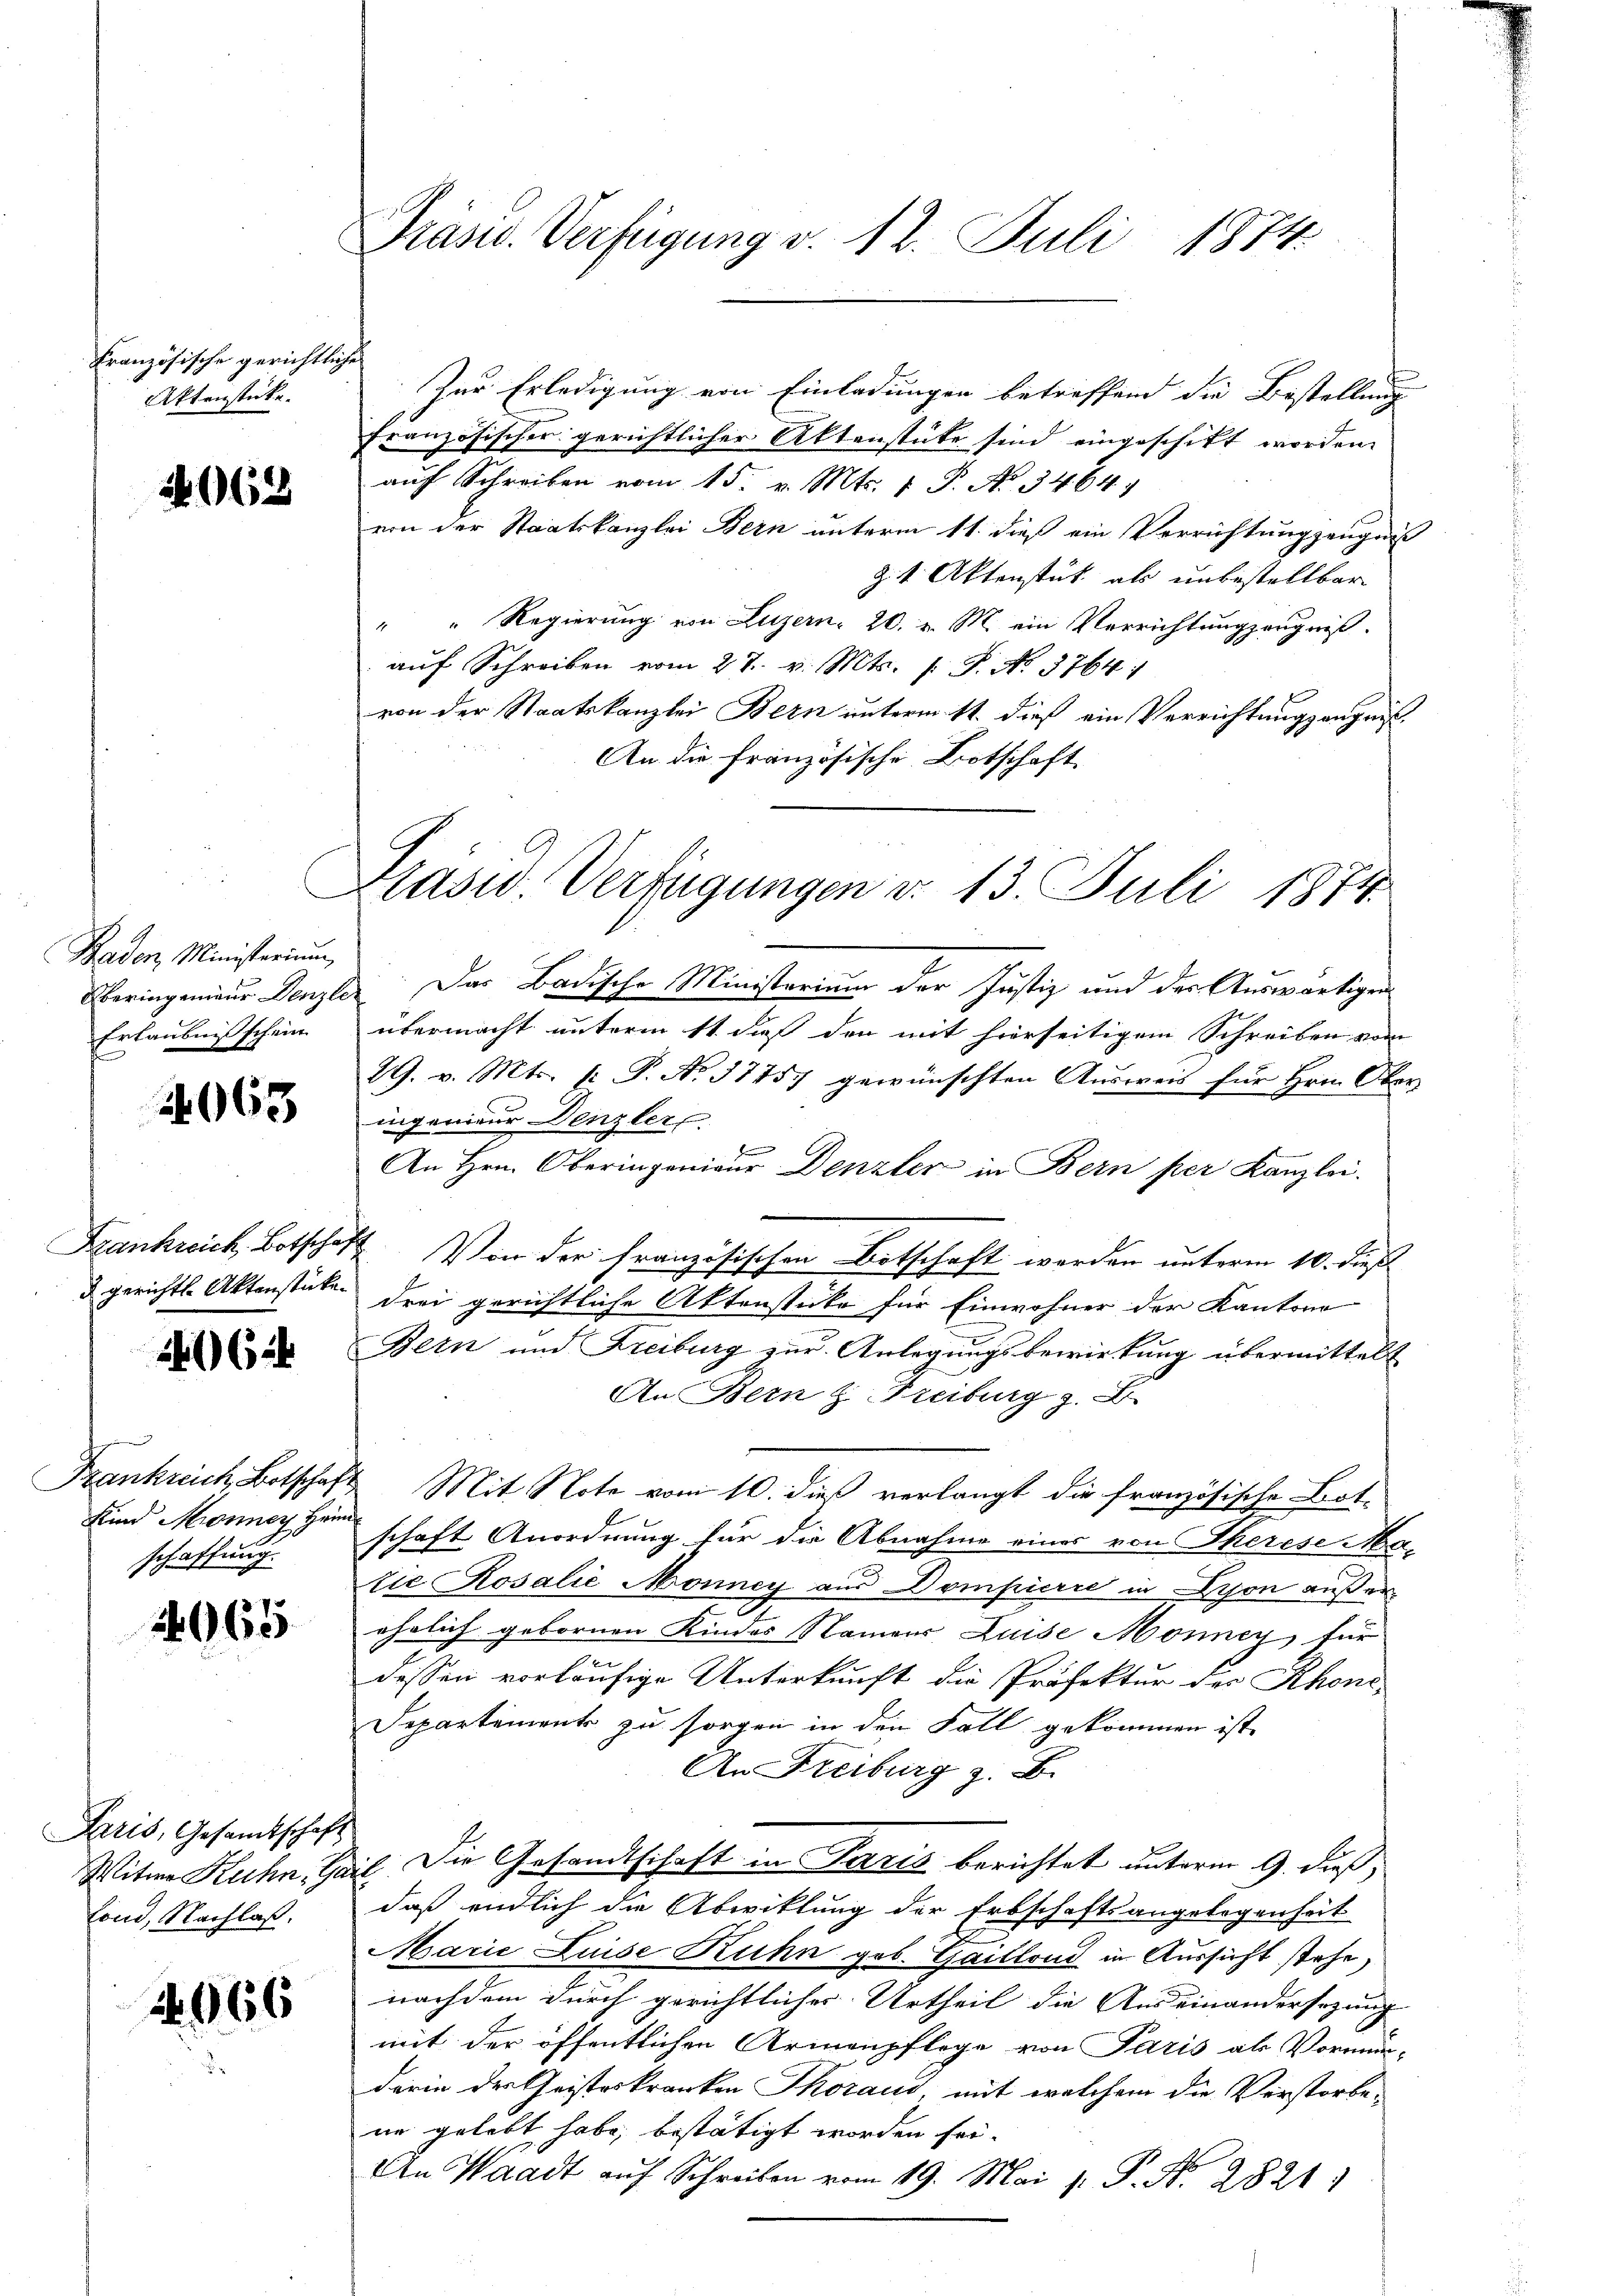
Französische gerichtliche
Aktenstücke.

4062

Baden, Ministerium
Oberingenieur Denzler
Erlaubniß schein

4963

Frankreich, Botschaft
d gerichte Aktenstücke.

62

2965

Frankreich Botschaft
Kind Monner Heim
schaffung.

Paris, Gesandtschaft
Witwe Kuhn, Ga
lond, Nachlaß.

2066

.

Präsid. Verfügung v. 12. Juli 1874.

Präsid Verfügungen d. 13. Juli 1874.

Zur Erledigung von Einladungen betreffend die Bestellung
französischer gerichtlicher Aktenstüke sind eingeschikt worden.
aŭf Schreiben vom 15. v. Mts. 1 P. No. 3464)
von der Staatskanzlei Bern unterm 11. dieß ein Verrichtungzeugniß
Z. 4. Aktenstät als unbestellbar
" " Regierung von Luzern, 20. v. M. ein Verrichtungzeugniß.
auf Schreiben vom 27. v. Mts. p. T. No. 3764:
von der Staatskanzlei Bern unterm 11. dieß ein Verrichtungszeugniß¬
An die französische Botschaft

Das Badische Ministerium der Justiz und des Auswärtigen
übermacht unterm 11. daß den mit hierseitigem Schreiben vom
29. v. Mts. 1. P. No. 57457 gewünschten Ausweis für Hrn. Oberingenieur Denzler
d
An Hrn. Oberingenieur Denzler in Bern per Kanzlei.
Von der französischen Botschaft werden unterm 10. dieß
drei gerichtliche Aktenstücke für Einwohner der Kantone
Bern und Freiburg zur Anlegungsbewirkung übermittelt
An Bern z. Freiburg z. B.
Mit Note vom 10. dieß verlangt die französische Botschaft Anordnung für die Abnahme eines von Therese Matie Rosalie Monney aus Dompierre in Schon außerehelich gebornen Kindes Namens Luise Monney für
e
dessen vorläufige Unterkunft die Präfektur der Rhone¬
Departements zu sorgen in den Fall gekommen ist,
An Freiburg z. B.
il. Die Gesandtschaft in Paris berichtet unterm 9. dieß,
daß endlich die Abwicklung der Erbschaftsangelegenheit
Marie Luise Kuhn geb. Gaillond in Aussicht stehe,
nachdem durch gerichtliches Urtheil die Auseinandersezung
mit der öffentlichen Armenpflege von Paris als Vormun-
derin der Geisteskranken Thoraus, mit welchem die Verstorbene gelebt habe, bestätigt worden sei.
An Waadt auf Schreiben vom 19. Mai v. P. Nr. 2821.